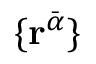
\{ \mathbf { r } ^ { \bar { \alpha } } \}